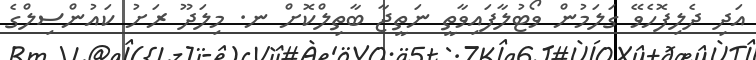
އަދި ދެލިފޮހެވޭ ގަލަމުން ވޯޓުލާފައިވާތީ ނަތީޖާ ބާތިލްކޮށް ނ. މިލަދޫ ރަށު ކައުންސިލްގެ